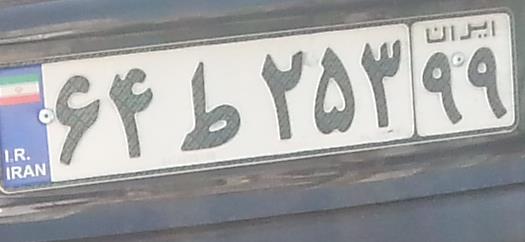
۶۴ط۲۵۳۹۹